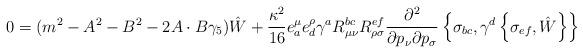
LaTeX: \begin{align*}0=(m^2-A^2-B^2-2A\cdot B\gamma_5)\hat{W} +\frac{\kappa^2}{16}e^\mu_ae^\rho_d\gamma^aR_{\mu\nu}^{bc}R_{\rho\sigma}^{ef}\frac{\partial^2}{\partial p_\nu\partial p_\sigma}\left\{\sigma_{bc},\gamma^d\left\{\sigma_{ef},\hat{W}\right\}\right\}\end{align*}